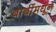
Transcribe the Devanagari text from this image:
बाबींमधून